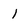
Character: 1